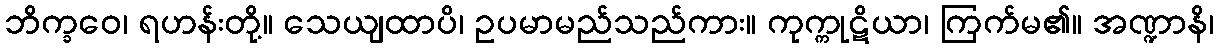
ဘိက္ခဝေ၊ ရဟန်းတို့။ သေယျထာပိ၊ ဥပမာမည်သည်ကား။ ကုက္ကုဋိယာ၊ ကြက်မ၏။ အဏ္ဍာနိ၊